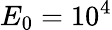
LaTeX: E_{0}=10^{4}